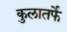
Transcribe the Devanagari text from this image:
कुलातर्फे